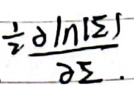
\(\frac{1}{2}\frac{\partial \ln|\Sigma|}{\partial \Sigma}.\)